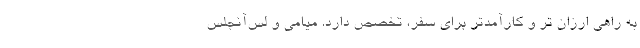
به راهی ارزان تر و کارآمدتر برای سفر، تخصص دارد. میامی و لس‌آنجلس